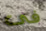
فى